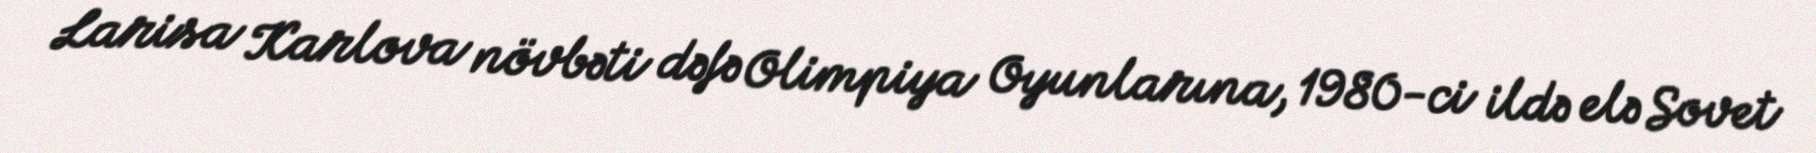
Larisa Karlova növbəti dəfə Olimpiya Oyunlarına, 1980-ci ildə elə Sovet